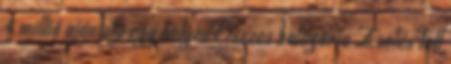
4 millió ajánlata egy helyen Összes kategória Zselés toll